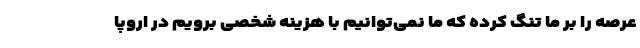
عرصه را بر ما تنگ کرده که ما نمی‌توانیم با هزینه شخصی برویم در اروپا